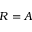
R = A